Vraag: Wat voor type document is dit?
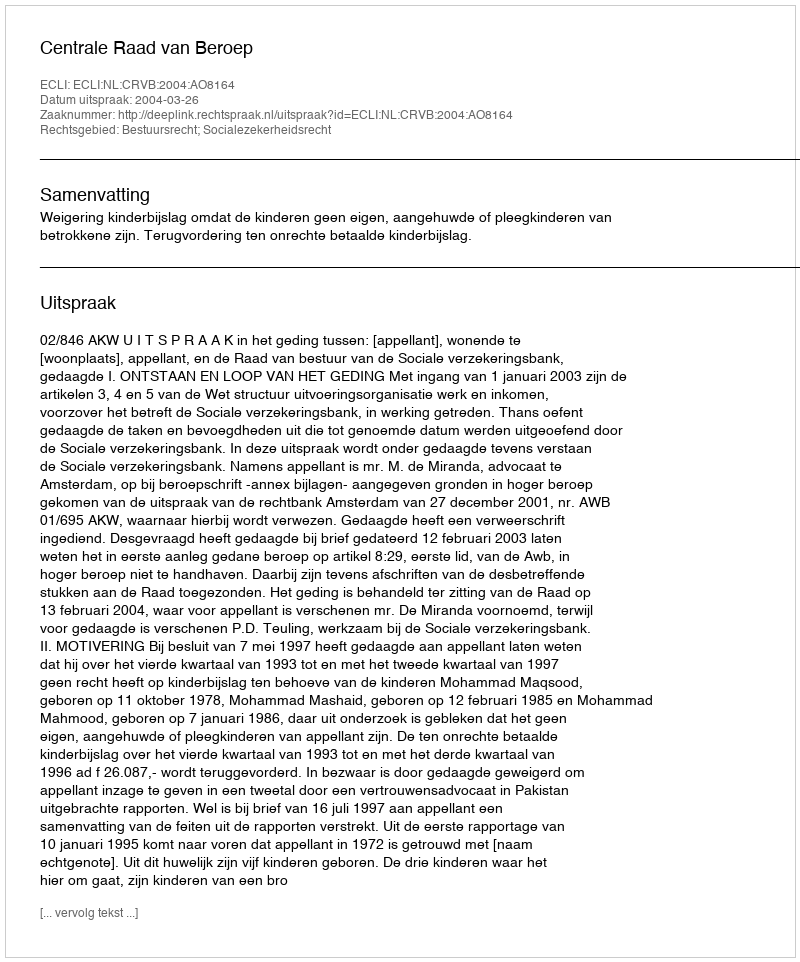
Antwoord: Uitspraak